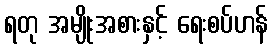
ရတု အမျိုးအစားနှင့် ရေးစပ်ဟန်